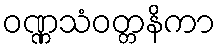
ဝဏ္ဏသံဝတ္တနိကာ